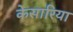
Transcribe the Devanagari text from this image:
केसारिया